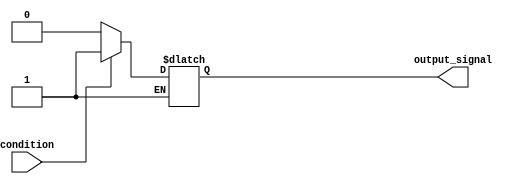
module conditional_statement (
    input wire condition,
    output reg output_signal
);

always @(*) begin
    if (condition) begin
        output_signal = 1;
    end
    else if (~condition) begin
        output_signal = 0;
    end
end

endmodule